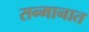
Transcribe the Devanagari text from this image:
सन्मानात